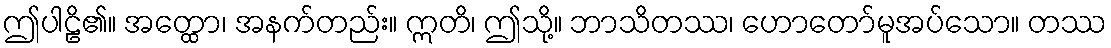
ဤပါဠိ၏။ အတ္ထော၊ အနက်တည်း။ ဣတိ၊ ဤသို့။ ဘာသိတဿ၊ ဟောတော်မူအပ်သော။ တဿ